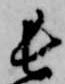
長